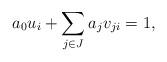
LaTeX: \begin{align*} a_0u_i+\sum_{j\in J}a_j v_{ji}=1,\end{align*}